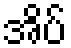
အိပ်